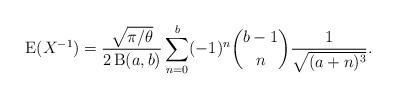
LaTeX: \begin{align*}\operatorname{E}(X^{-1})=\frac{\sqrt{\pi/\theta}}{2\operatorname{B}(a,b)}\sum_{n=0}^b (-1)^n\binom{b-1}{n}\frac{1}{\sqrt{(a+n)^3}}.\end{align*}